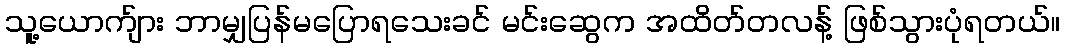
သူ့ယောက်ျား ဘာမျှပြန်မပြောရသေးခင် မင်းဆွေက အထိတ်တလန့် ဖြစ်သွားပုံရတယ်။